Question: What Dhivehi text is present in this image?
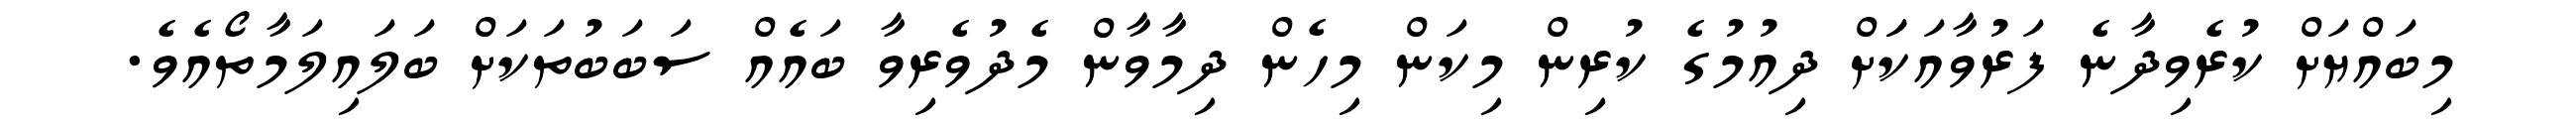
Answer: މިބައްޔަށް ކުރެވިދާނެ ފަރުވާއަކަަށް ދިއުމުގެ ކުރިން މިކަން މިހެން ދިމާވާން މެދުވެރިވާ ބައެއް ސަބަބުތަކަށް ބަލައިލަމާތޯއެވެ.